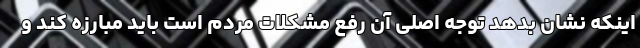
اینکه نشان بدهد توجه اصلی آن رفع مشکلات مردم است باید مبارزه کند و